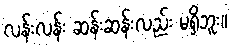
လန်းလန်း ဆန်းဆန်းလည်း မရှိဘူး။